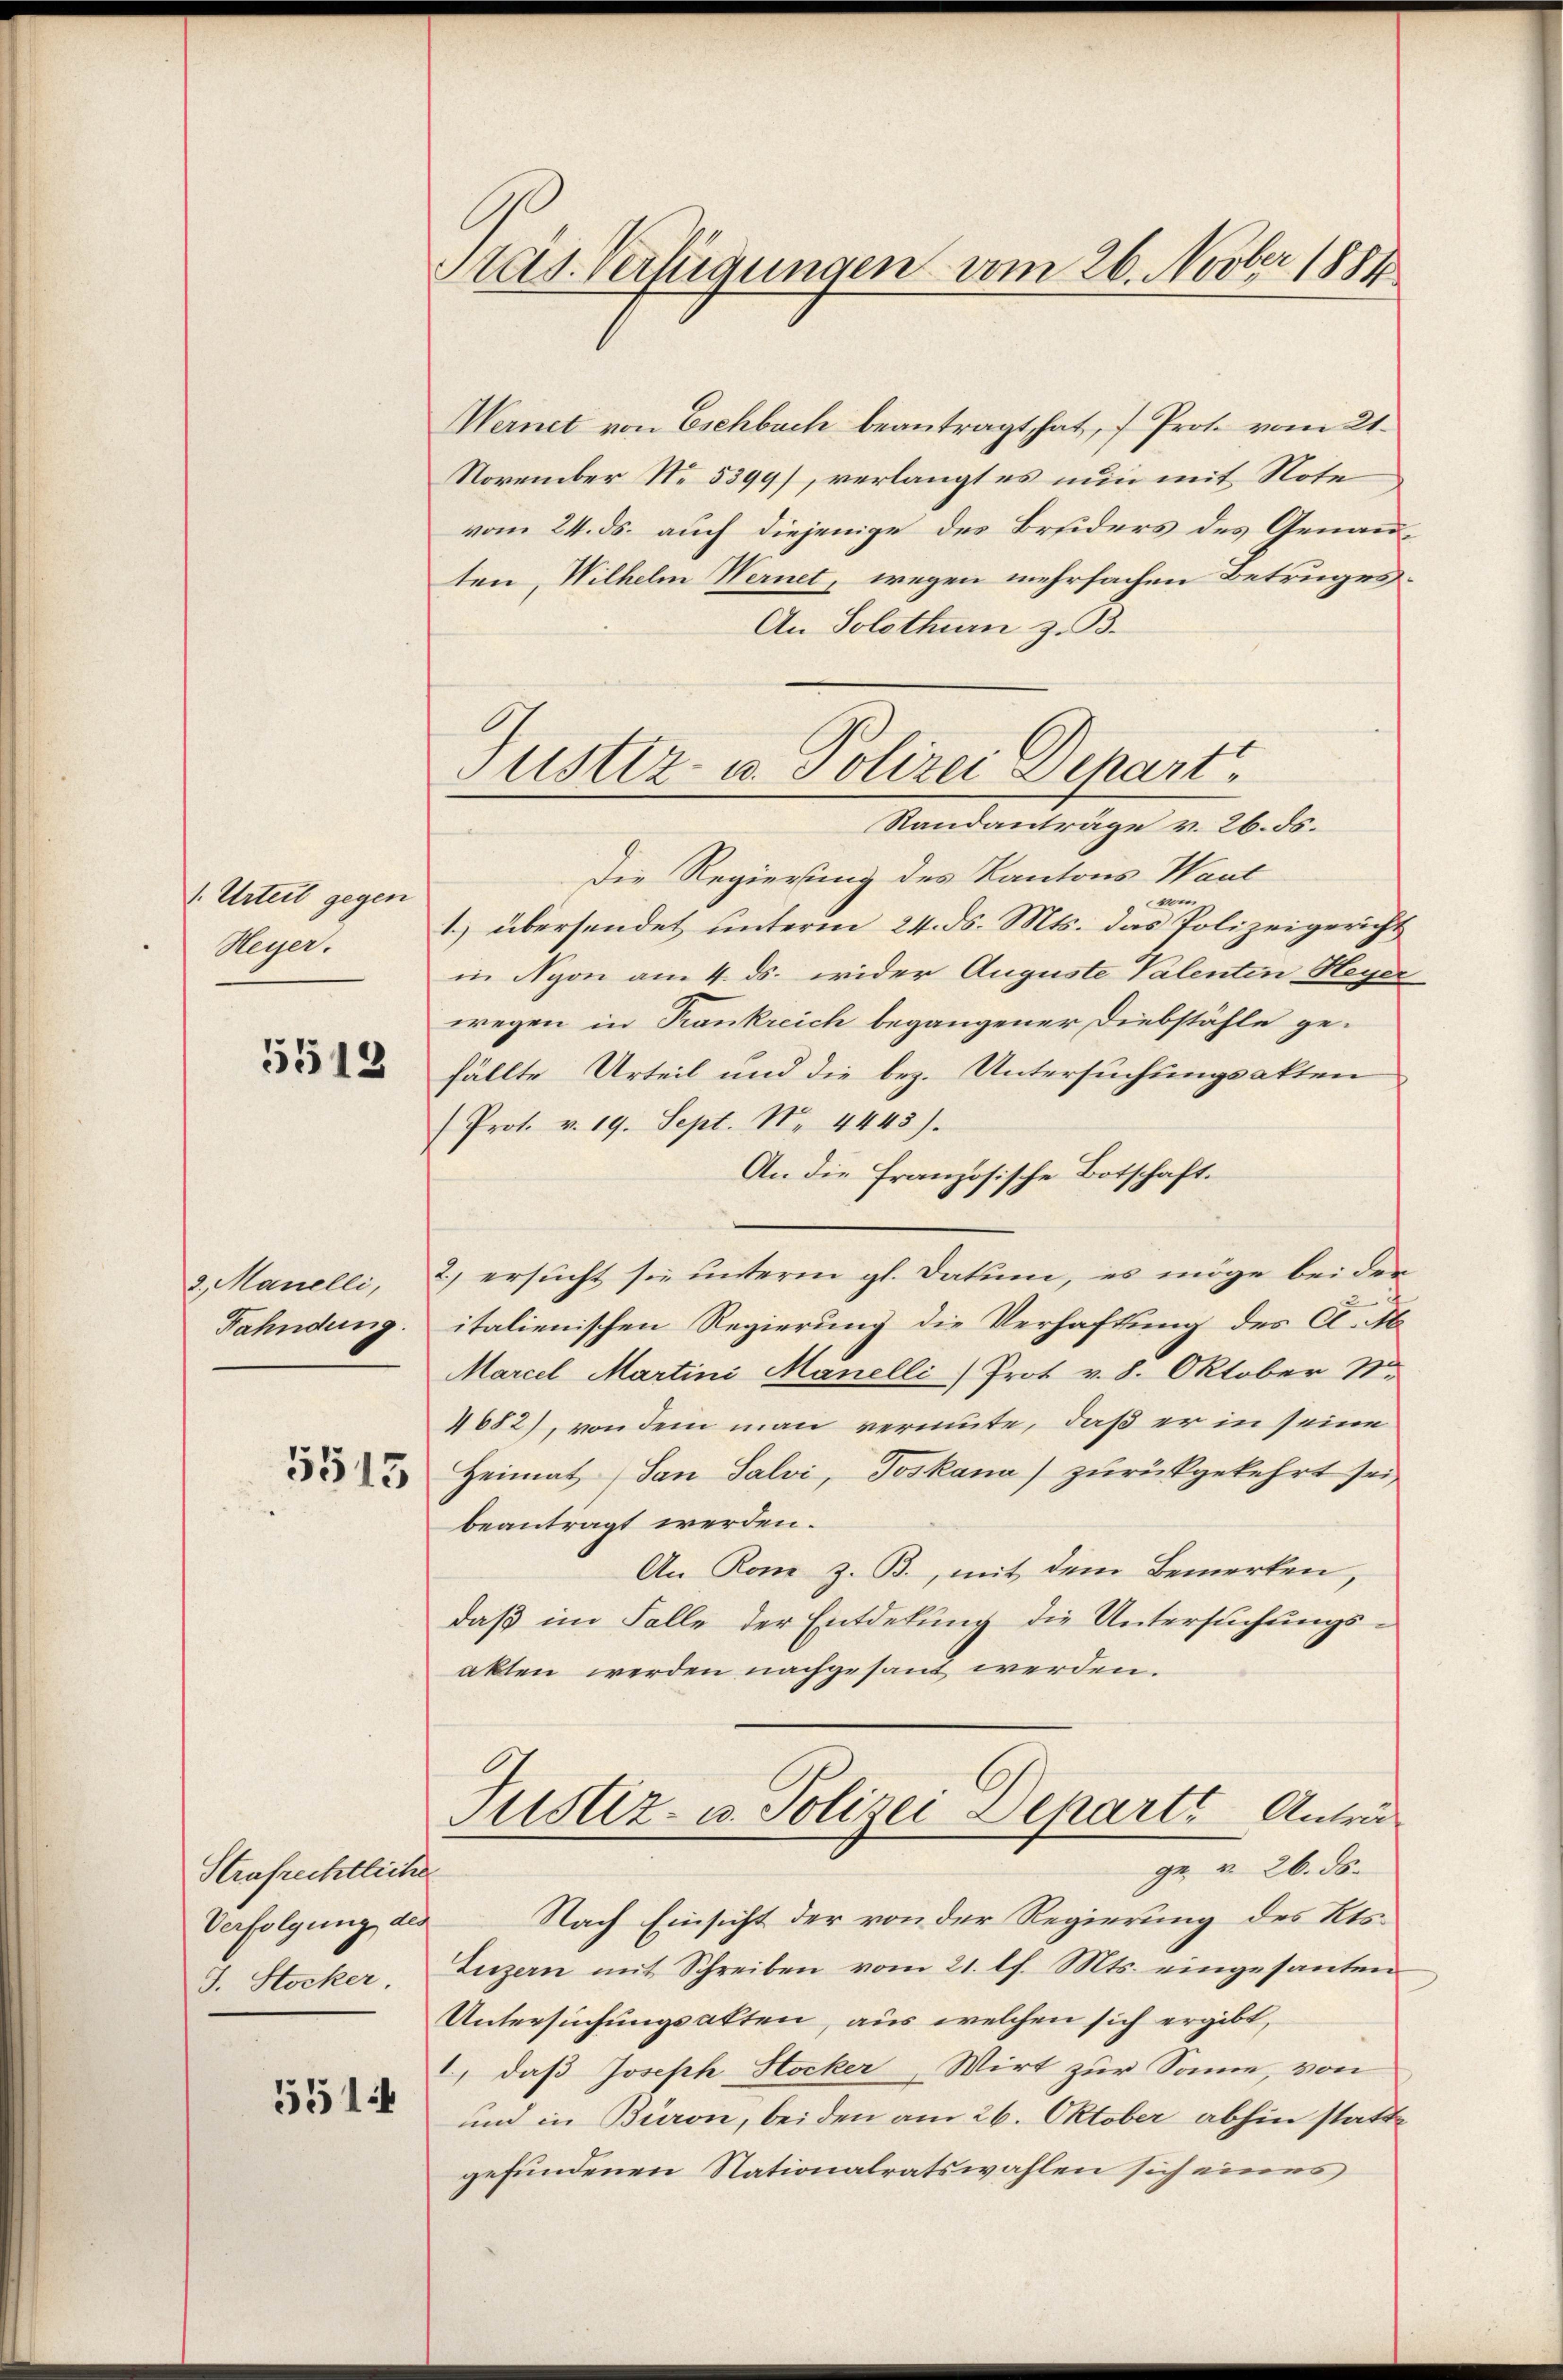
1. Urteil gegen
Heyer.

5513

3. Manelli,
Fahndung.

5515

Strafrechtliche
J. Stocker.
5514

Adg. Verfügungen vom 26. Novber 1884

Justiz- u. Polizei Depart
Standanträge v. 26. ds.

Wernet von Eschbach beantragt hat, f Prote vom 21.
November No. 5399), verlangt es nun mit Note
vom 24. ds. auch diejenige des Bruders des Genauten, Wilhelm Wernet, wegen mehrfachen Betruges.
An Solothurn z. B.
Die Regierung des Kantons Waul
vom
1.) übersendet unterm 24. ds. Mts. das Polizeigericht
in Nyon am 4. ds. wider Auguste Valenten Heyer
wegen in Krankreich begangener Diebstähle ge-
fällte Urteil und die bez. Untersuchungsakten
(Prot. v. 19. Sept. Nr. 4445).
An die französische Botschaft.
2) ersucht sie unterm gl. datum, es möge bei der
italienischen Regierung die Verhaftung des A. Ab
Marcel Martini Manelli Prot. v. 8. Oktober N.
4682), von dem man vermute, daß er in seine
Heimat (San Salvi, Joskana) zurückgekehrt sei,
beantragt werden.
An Rom z. B., mit dem Bemerken,
daß im Falle der Entdekung die Untersuchungsakten werden nachgesant werden.
Justiz- u. Polizei Departe Antra
ge v. 26. ds.
Verfolgung des Nach Einsicht der von der Regierung des Kts.
Luzern mit Schreiben vom 21. l. Mts. eingesanten
Untersuchungsakten, aus welchen sich ergibt,
1, daß Joseph Stocker, Wirt zur Somme, von
und in Buron, beiden am 26. Oktober abhin stattgefundenen Nationalratswahlen sich eines